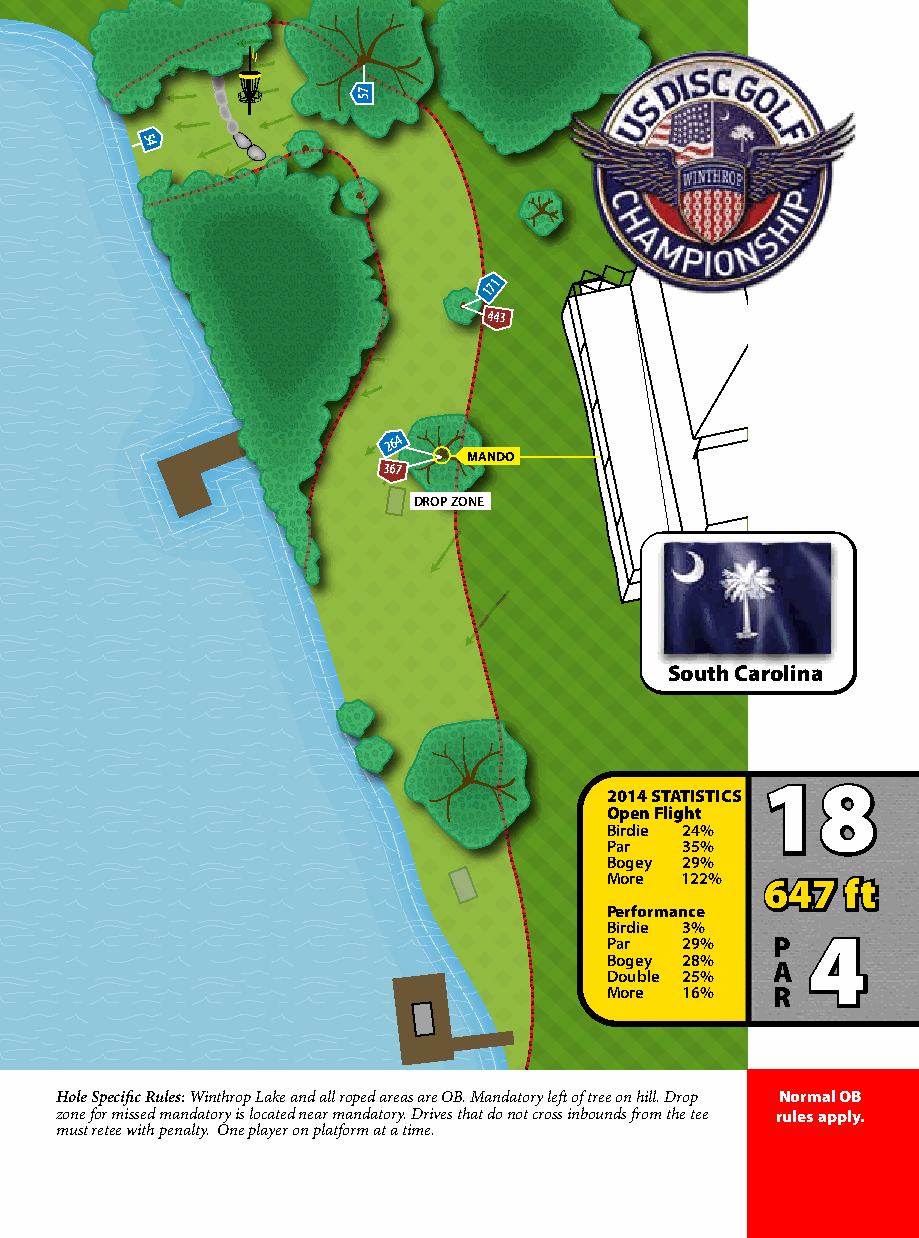
75
 54
 171
 443
 264
 MANDO
 367
 DROP ZONE
 South Carolina
 18
 2014 STATISTICS
 Open Flight
 Birdie 24%
 Par  35%
 Bogey 29%
 More 122%  647  ft
 Performance
 Birdie 3%
 Par  29%   P 4
 Bogey 28%
 A
 Double 25%
 More 16%   R
 Hole Specific Rules: Winthrop Lake and all roped areas are OB. Mandatory left of tree on hill. Drop Normal OB
 zone for missed mandatory is located near mandatory. Drives that do not cross inbounds from the tee rules apply.
 must retee with penalty. One player on platform at a time.